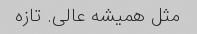
مثل همیشه عالی. تازه